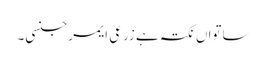
ساتواں نکتہ ہے زرعی ایمرجنسی۔